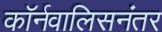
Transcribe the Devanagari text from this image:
कॉर्नवालिसनंतर